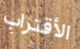
الأقتراب